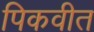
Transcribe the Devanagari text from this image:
पिकवीत